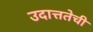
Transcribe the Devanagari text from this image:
उदात्ततेची